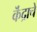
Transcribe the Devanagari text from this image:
कॆंद्राचे